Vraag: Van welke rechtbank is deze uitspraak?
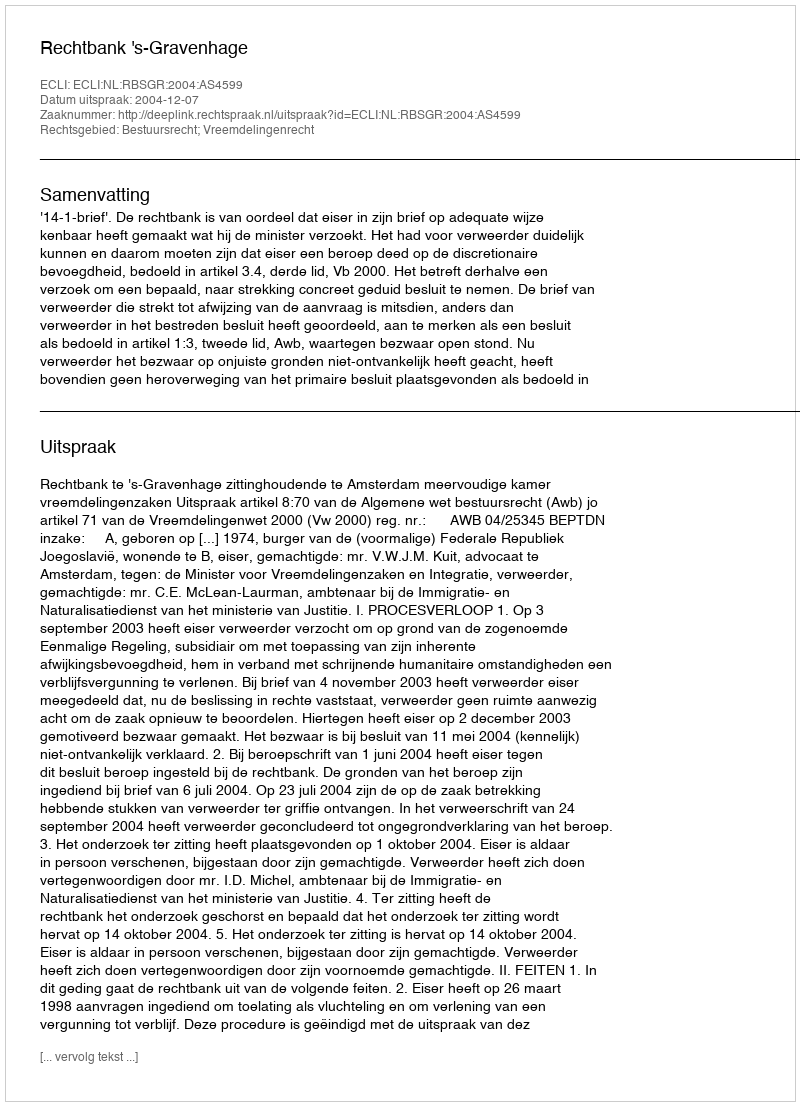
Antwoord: Rechtbank 's-Gravenhage